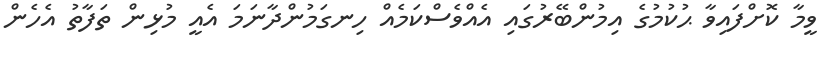
ވީމާ ކޮށްފައިވާ ޙުކުމުގެ އިމުންބޭރުގައި އެއްވެސްކަމެއް ހިނގަމުންދާނަމަ އެއީ މުޅިން ތަފާތު އެހެން